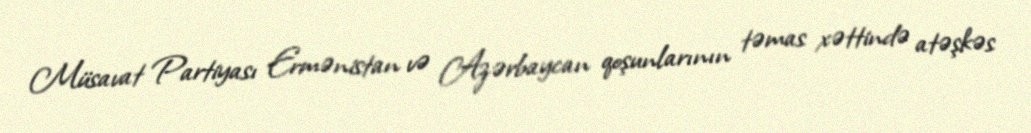
Müsavat Partiyası Ermənistan və Azərbaycan qoşunlarının təmas xəttində atəşkəs